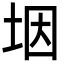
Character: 㘻